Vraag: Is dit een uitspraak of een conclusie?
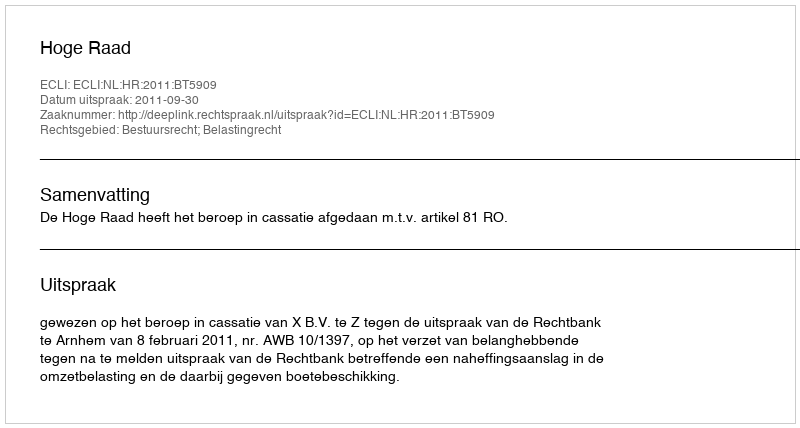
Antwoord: Uitspraak